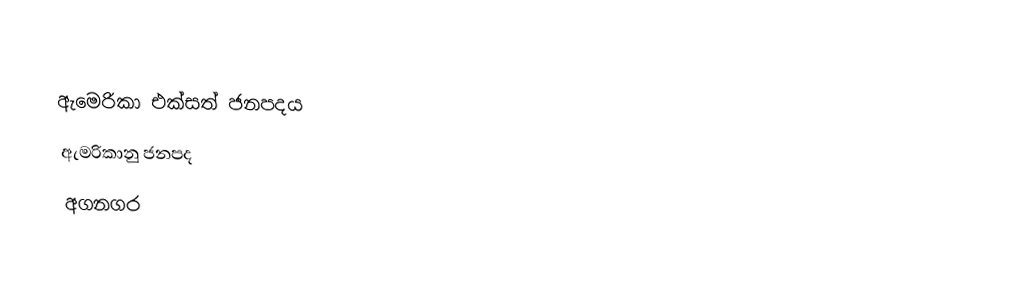
ඇමෙරිකා එක්සත් ජනපදය
ඇමරිකානු ජනපද
අගනගර